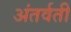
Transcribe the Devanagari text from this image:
अंतर्वती